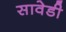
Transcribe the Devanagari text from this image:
सावेडी